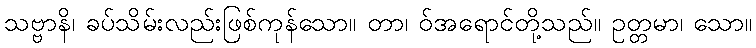
သဗ္ဗာနိ၊ ခပ်သိမ်းလည်းဖြစ်ကုန်သော။ တာ၊ ဝ်အရောင်တို့သည်။ ဥတ္တမာ၊ သော။